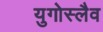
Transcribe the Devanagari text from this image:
युगोस्लैव